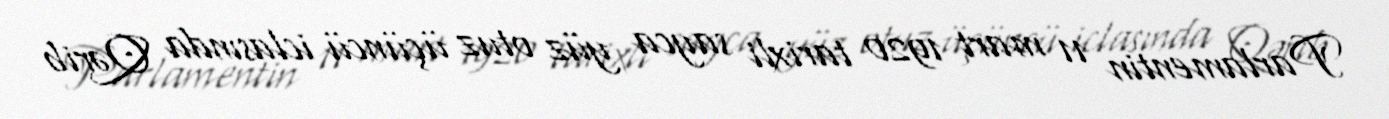
Parlamentin 11 mart 1920 tarixli sayca yüz otuz üçüncü iclasında Qərib